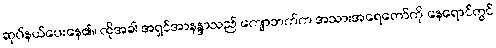
ဆုပ်နယ်ပေးနေ၏။ ထိုအခါ အရှင်အာနန္ဒာသည် ကျောဘက်က အသားအရေတော်ကို နေရောင်တွင်